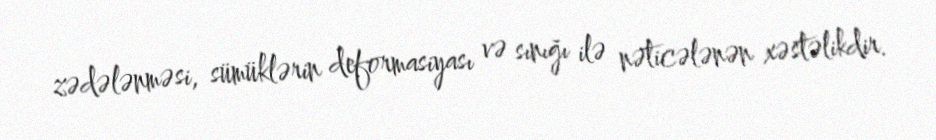
zədələnməsi, sümüklərin deformasiyası və sınığı ilə nəticələnən xəstəlikdir.